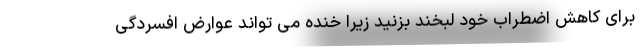
برای کاهش اضطراب خود لبخند بزنید زیرا خنده می تواند عوارض افسردگی